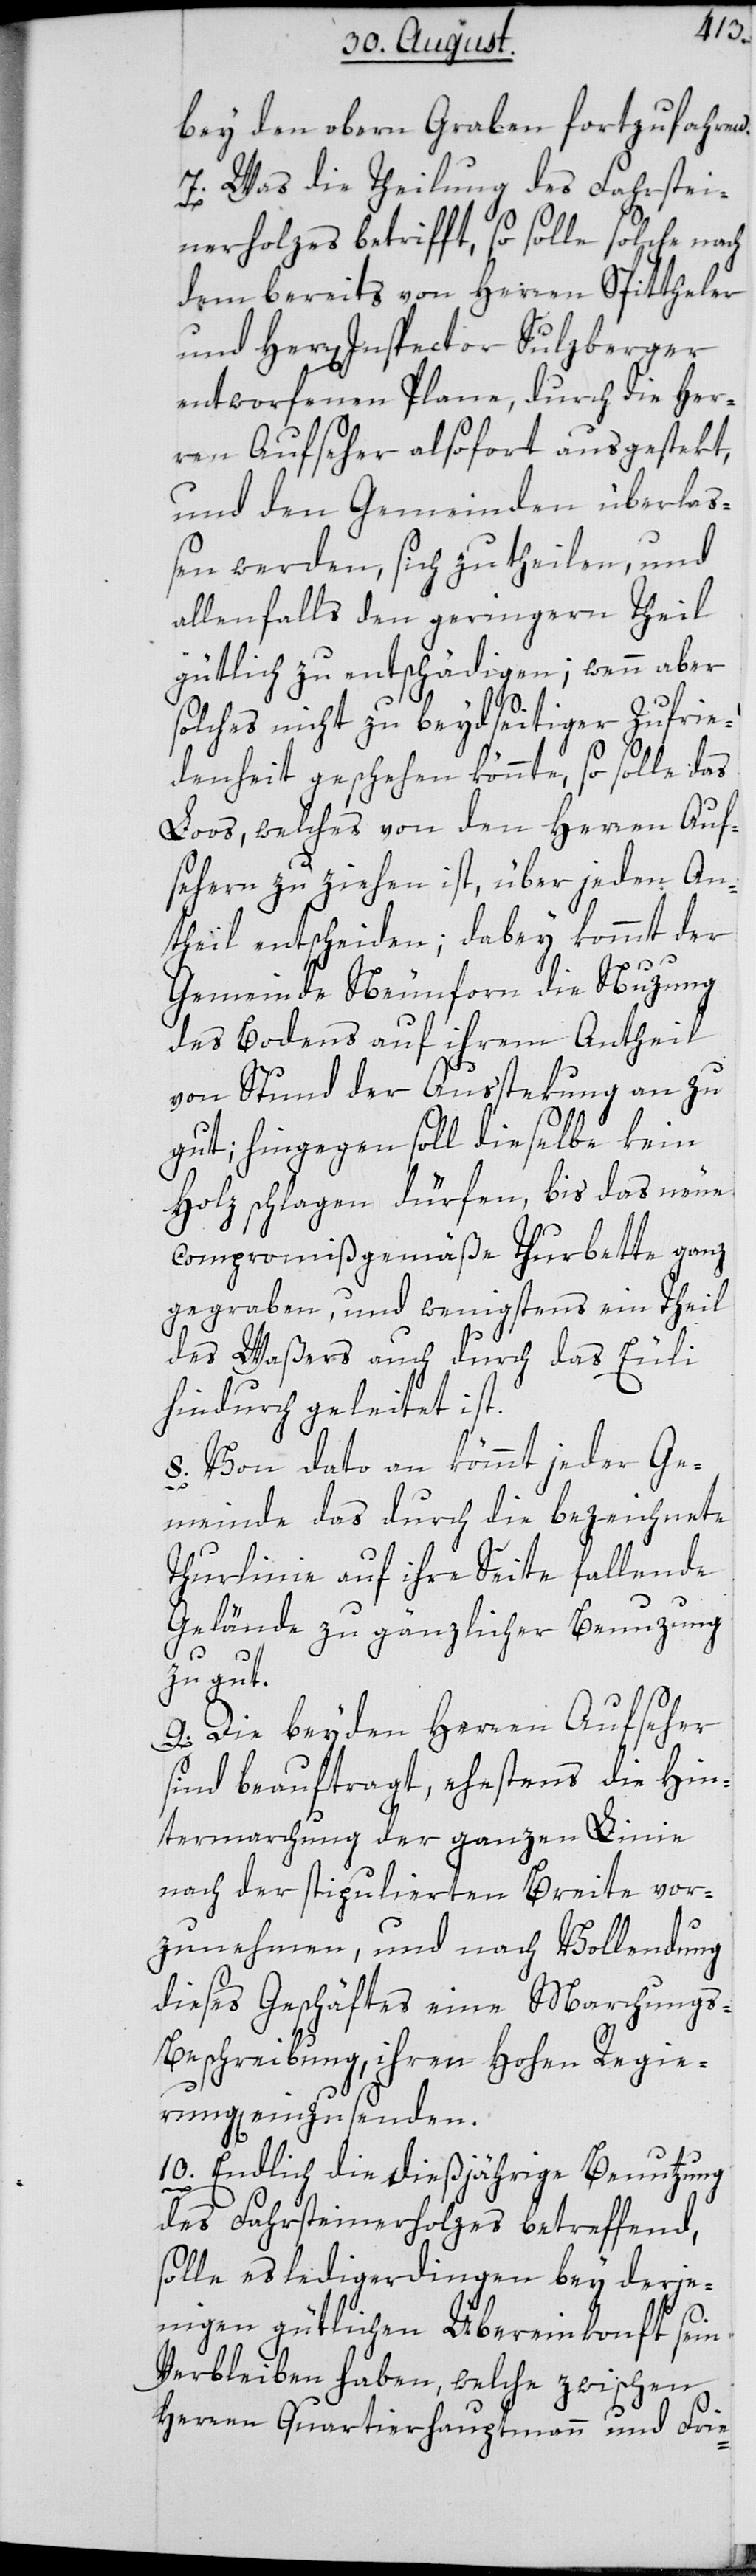
bey den oberen Graben fortzufahren.
7. Was die Theilung des Fahrstei¬
nerholzes betrifft, so solle solche nach
dem bereits von Herren Spittheler
und Herr Inspector Sulzberger
entworfenen Plane, durch die Her¬
ren Aufseher alsofort ausgestekt,
und den Gemeinden überlaß¬
en werden, sich zu theilen, und
allenfalls den geringern Theil
gütlich zu entschädigen; wenn aber
solches nicht zu beydseitiger Zufrie¬
denheit geschehen könnte, so solle das
Loos, welches von den Herren Auf¬
sehern zu ziehen ist, über jeden An¬
theil entscheiden; dabey kommt der
Gemeinde Neunforn die Nuzung
des Bodens auf ihrem Antheil
von Stund der Ausstekung an zu
gut; hingegen soll dieselbe kein
Holz schlagen dürfen, bis das neue
compromißgemäße Thurbette ganz
gegraben, und wenigstens ein Theil
des Waßers auch durch das Euli
hindurch geleitet ist.
8. Von dato an kömmt jeder Ge¬
meinde das durch die bezeichnete
Thurlinie auf ihre Seite fallende
Gelände zu gänzlicher Benuzung
zu gut.
9. Die beyden Herren Aufseher
sind beauftragt, ehestens die Hin¬
termarchung der ganzen Linie
nach der stipulierten Breite vor¬
zunehmen, und nach Vollendung
dieses Geschäftes eine Marchung¬
s-Beschreibung, ihren hohen Regie¬
rung einzusenden.
10. Endlich die dießjährige Benutzung
des Fahrsteinerholzes betreffend,
solle es ledigerdingen bey derje¬
nigen gütlichen Übereinkonft sein
Verbleiben haben, welche zwischen
Herren Quartierhauptmann und Frie-